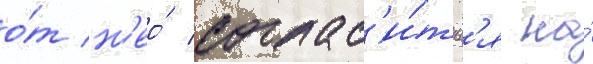
о́т н'ео́ соглас'и́тьс'я на́